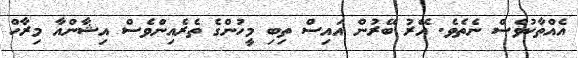
އެއްތާކުވެސް ނެތެވެ. އޭރު ބޭރުން އައިސް ތިބި މީހުންގެ ތެރެއިންވެސް އިޝާންއާ މިރާހް